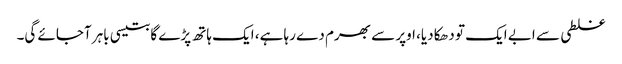
غلطی سے ابے ایک تو دھکا دیا، اوپر سے بھرم دے رہا ہے، ایک ہاتھ پڑے گا بتیسی باہر آجائے گی۔